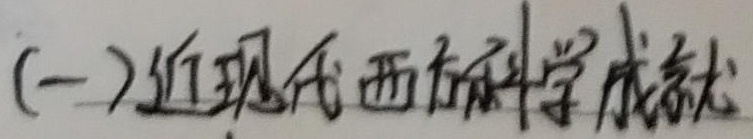
(一) 近现代西方科学成就